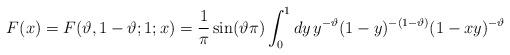
LaTeX: \begin{align*}F(x)=F(\vartheta ,1-\vartheta ;1;x)=\frac{1}{\pi }\sin (\vartheta \pi )\int^{1}_{0}dy\, y^{-\vartheta }(1-y)^{-(1-\vartheta )}(1-xy)^{-\vartheta }\end{align*}